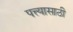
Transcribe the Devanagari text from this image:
पत्त्यासाठी